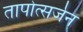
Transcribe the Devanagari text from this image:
तापोत्सर्जन